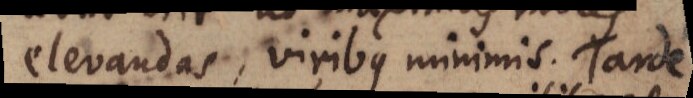
elevandas, viribus minimis. Tarde